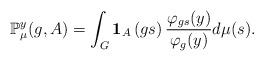
LaTeX: \begin{align*}\mathbb{P}_{\mu}^{y}(g,A)=\int_{G}{\bf 1}_{A}\left(gs\right)\frac{\varphi_{gs}(y)}{\varphi_{g}(y)}d\mu(s).\end{align*}